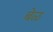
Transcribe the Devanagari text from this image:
बेळ